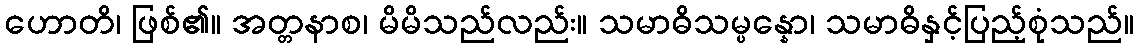
ဟောတိ၊ ဖြစ်၏။ အတ္တနာစ၊ မိမိသည်လည်း။ သမာဓိသမ္ပန္နော၊ သမာဓိနှင့်ပြည့်စုံသည်။